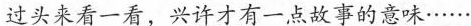
过头来看一看，兴许才有一点故事的意味······